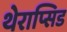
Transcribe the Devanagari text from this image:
थेराप्सिड